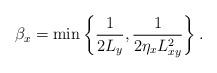
LaTeX: \begin{align*}\beta_x=\min\left\{ \frac{1}{2L_y}, \frac{1}{2\eta_x L_{xy}^2} \right\}.\end{align*}